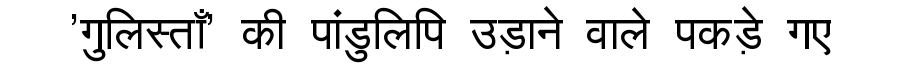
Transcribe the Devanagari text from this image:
'गुलिस्ताँ' की पांडुलिपि उड़ाने वाले पकड़े गए